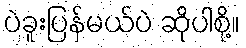
ပဲခူးပြန်မယ်ပဲ ဆိုပါစို့။